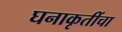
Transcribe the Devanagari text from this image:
घनाकृतींचा